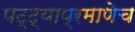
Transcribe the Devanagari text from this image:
पट्ट्याप्रमाणेच